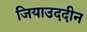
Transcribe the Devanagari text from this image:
जियाउददीन